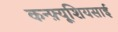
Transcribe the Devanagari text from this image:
कन्फ़्यूशियसाई